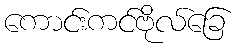
ကောင်းကင်ဗိုလ်ခြေ